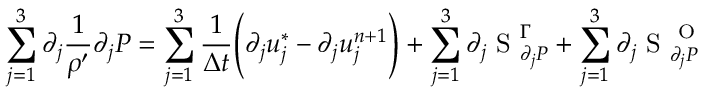
\sum _ { j = 1 } ^ { 3 } \partial _ { j } \frac { 1 } { \rho ^ { \prime } } \partial _ { j } P = \sum _ { j = 1 } ^ { 3 } \frac { 1 } { \Delta t } \Bigg ( \partial _ { j } u _ { j } ^ { * } - \partial _ { j } u _ { j } ^ { n + 1 } \Bigg ) + \sum _ { j = 1 } ^ { 3 } \partial _ { j } \mathrm { ~ S ~ } _ { \partial _ { j } P } ^ { \Gamma } + \sum _ { j = 1 } ^ { 3 } \partial _ { j } \mathrm { ~ S ~ } _ { \partial _ { j } P } ^ { \mathrm { ~ O ~ } }